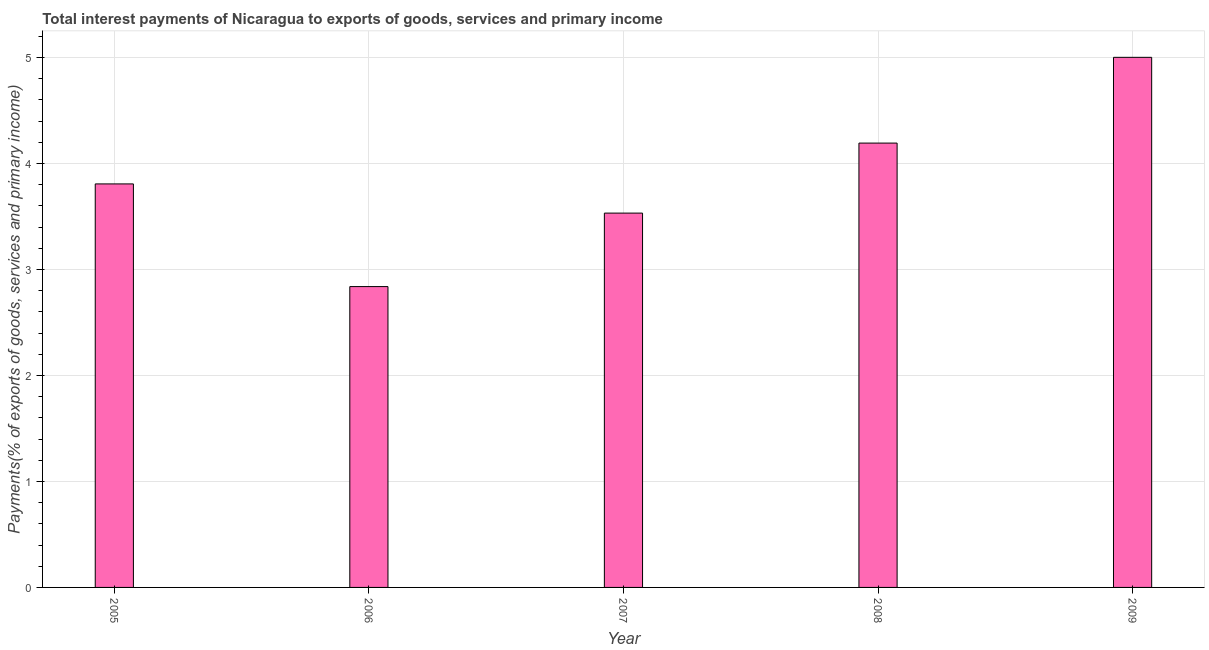
| Year | Interest payments on external debt |
 | --- | --- |
 | 2005 | 3.81 |
 | 2006 | 2.84 |
 | 2007 | 3.53 |
 | 2008 | 4.19 |
 | 2009 | 5 |